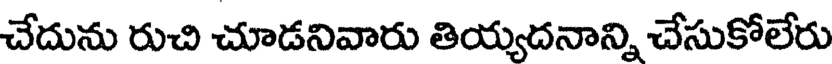
చేదును రుచి చూడనివారు తియ్యదనాన్ని చేసుకోలేరు